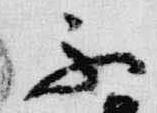
不